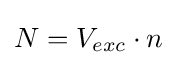
N=V_{exc}\cdot n